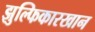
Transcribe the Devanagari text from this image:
झुल्फिकारखान